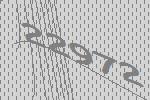
22972